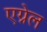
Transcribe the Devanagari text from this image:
एग्नेल